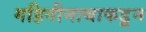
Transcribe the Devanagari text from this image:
गहिनीनाथाकडून